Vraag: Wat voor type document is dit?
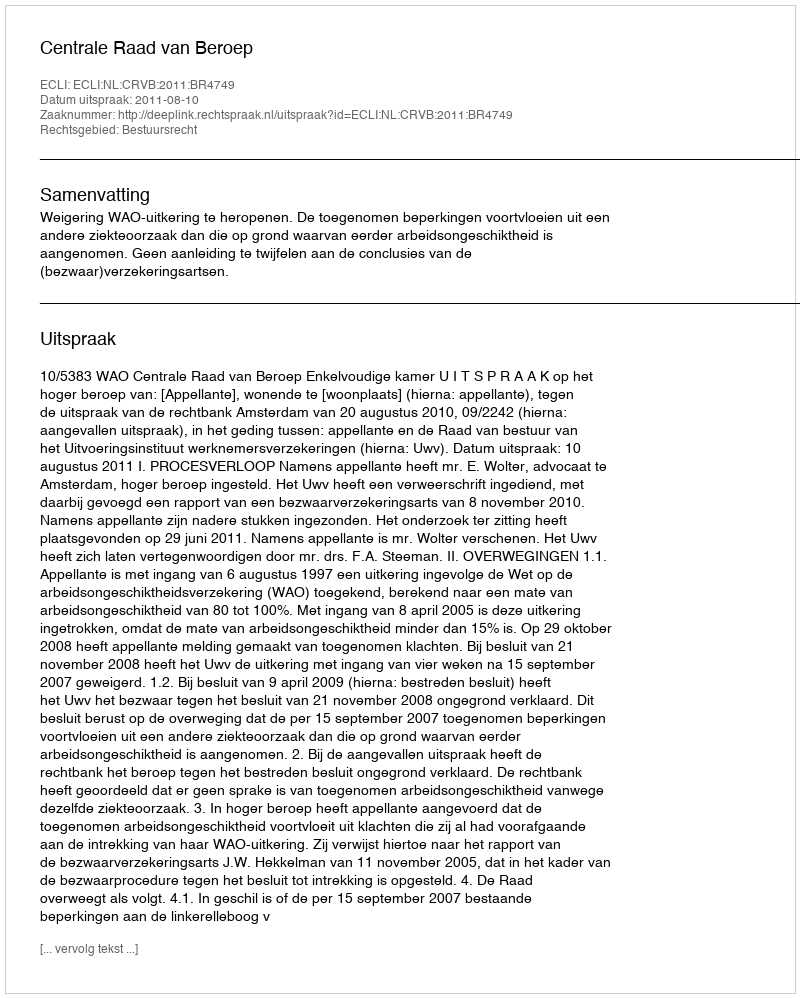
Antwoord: Uitspraak